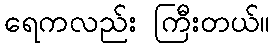
ရေကလည်း ကြီးတယ်။